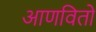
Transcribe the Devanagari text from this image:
आणवितो